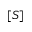
[ S ]